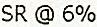
SR @ 6%